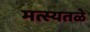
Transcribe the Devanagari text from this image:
मत्स्यतळे